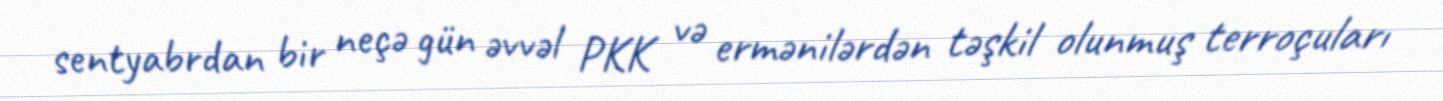
sentyabrdan bir neçə gün əvvəl PKK və ermənilərdən təşkil olunmuş terroçuları